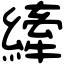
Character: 縴